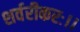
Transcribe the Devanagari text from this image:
शर्वरीकरः।।